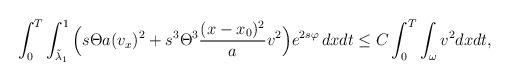
LaTeX: \begin{align*} \begin{aligned} \int_{0}^T \int _{\tilde \lambda_1}^{1} \Big( s \Theta a (v_x)^2 + s^3 \Theta^3 \frac{(x-x_0)^2}{a} v^2 \Big) e^{2s \varphi } \, dx dt \le C \int_{0}^T \int _{\omega} v^2 dxdt, \end{aligned}\end{align*}